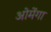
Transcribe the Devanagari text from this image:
ओमेंगा